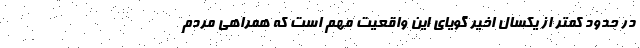
در حدود کمتر از یکسال اخیر گویای این واقعیت مهم است که همراهی مردم